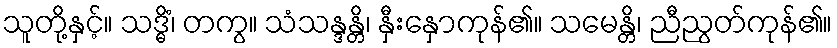
သူတို့နှင့်။ သဒ္ဓိံ၊ တကွ။ သံသန္ဒန္တိ၊ နှီးနှောကုန်၏။ သမေန္တိ၊ ညီညွတ်ကုန်၏။